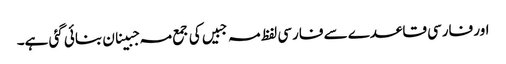
اور فارسی قاعدے سے فارسی لفظ مہ جبیں کی جمع مہ جبینان بنائی گئی ہے۔